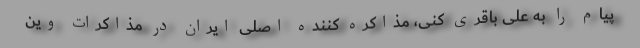
پیام را به علی باقری کنی، مذاکره‌ کننده اصلی ایران در مذاکرات وین